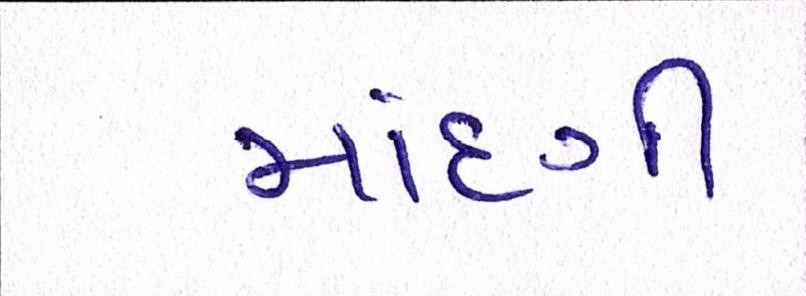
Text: માંદગી